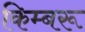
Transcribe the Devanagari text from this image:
किम्बरू